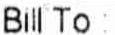
BILL TO :